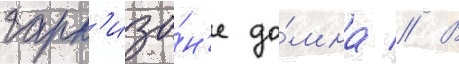
гарн'изо́н'е до́мна // В